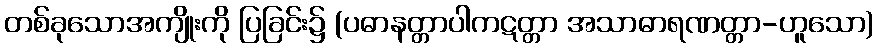
တစ်ခုသောအကျိုးကို ပြခြင်း၌ (ပဓာနတ္တာပါကဋတ္တာ အသာဓာရဏတ္တာ-ဟူသော)